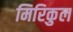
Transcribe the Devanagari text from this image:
मिरिकुल